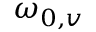
\omega _ { 0 , v }